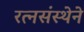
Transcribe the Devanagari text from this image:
रत्नसंस्थेने